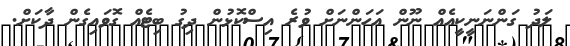
ލަދު ގަންނަނީކީއެއް ނޫން އަހަންނަށް ވުރެ އިސްކޮޅުން ދިގު ބިޓެއް ގޮވައިގެން ދާކަށް.